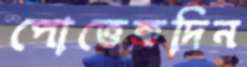
পোত্তেকদিন